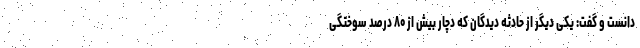
دانست و گفت: یکی دیگر از حادثه دیدگان که دچار بیش از ۸۰ درصد سوختگی